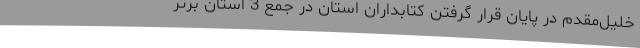
خلیل‌مقدم در پایان قرار گرفتن کتابداران استان در جمع 3 استان برتر